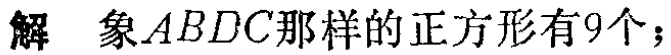
解 象\(ABDC\)那样的正方形有\(9\)个；